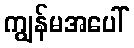
ကျွန်မအပေါ်